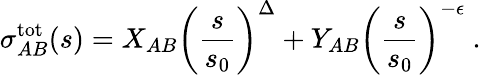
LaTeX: \sigma_{AB}^{\mathrm{tot}}(s)=X_{AB}\left(\frac{s}{s_{0}}\right)^{\Delta}+Y_{AB}\left(\frac{s}{s_{0}}\right)^{-\epsilon}\ .